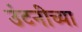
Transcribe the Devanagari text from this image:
उंटनीच्या